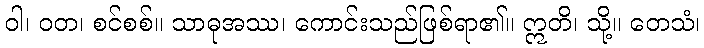
ဝါ၊ ဝတ၊ စင်စစ်။ သာဓုအဿ၊ ကောင်းသည်ဖြစ်ရာ၏။ ဣတိ၊ သို့။ တေသံ၊